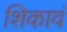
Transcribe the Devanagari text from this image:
शिकावं